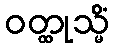
ဝတ္ထုသ္မိံ